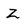
Character: Z